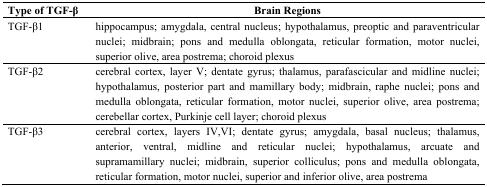
<table><thead><tr><td><b>Type of TGF-β</b></td><td><b>Brain Regions</b></td></tr></thead><tbody><tr><td>TGF-β1</td><td>hippocampus; amygdala, central nucleus; hypothalamus, preoptic and paraventricular nuclei; midbrain; pons and medulla oblongata, reticular formation, motor nuclei, superior olive, area postrema; choroid plexus</td></tr><tr><td>TGF-β2</td><td>cerebral cortex, layer V; dentate gyrus; thalamus, parafascicular and midline nuclei; hypothalamus, posterior part and mamillary body; midbrain, raphe nuclei; pons and medulla oblongata, reticular formation, motor nuclei, superior olive, area postrema; cerebellar cortex, Purkinje cell layer; choroid plexus</td></tr><tr><td>TGF-β3</td><td>cerebral cortex, layers IV,VI; dentate gyrus; amygdala, basal nucleus; thalamus, anterior, ventral, midline and reticular nuclei; hypothalamus, arcuate and supramamillary nuclei; midbrain, superior colliculus; pons and medulla oblongata, reticular formation, motor nuclei, superior and inferior olive, area postrema</td></tr></tbody></table>